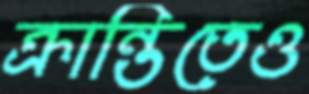
ক্রান্তিতেও